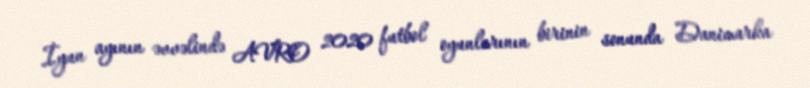
İyun ayının əvvəlində AVRO 2020 futbol oyunlarının birinin sonunda Danimarka